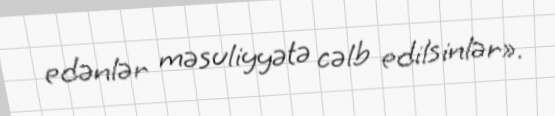
edənlər məsuliyyətə cəlb edilsinlər».